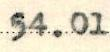
54.01